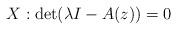
LaTeX: \begin{align*} X : \det(\lambda I - A(z)) = 0 \end{align*}